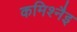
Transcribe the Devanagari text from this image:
कमिश्नैइ